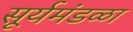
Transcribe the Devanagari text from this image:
सूर्यमंडळा